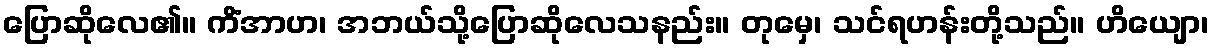
ပြောဆိုလေ၏။ ကိံအာဟ၊ အဘယ်သို့ပြောဆိုလေသနည်း။ တုမှေ၊ သင်ရဟန်းတို့သည်။ ဟိယျော၊